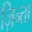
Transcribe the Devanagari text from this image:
ज़िन्ता